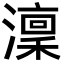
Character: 澟